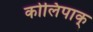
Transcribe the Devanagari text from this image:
कोलिपाक्